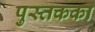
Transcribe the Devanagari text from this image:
पुस्तकका